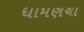
ધામણચા